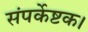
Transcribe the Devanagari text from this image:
संपर्केष्टक।